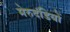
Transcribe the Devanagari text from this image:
मेरुदंडियों